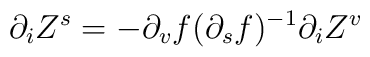
\partial_iZ^s = -\partial_vf(\partial_sf)^{-1}\partial_iZ^v